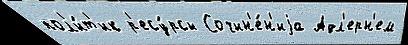
пол'и́т'ик р'есу́рсы Сочин'е́н'иjа Адл'ерн'ем